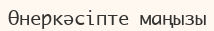
Өнеркәсіпте маңызы